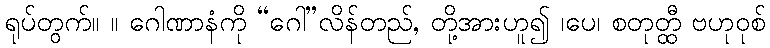
ရုပ်တွက်။ ။ ဂေါဏာနံကို “ဂေါ”လိန်တည်, တို့အားဟူ၍ ၊ပေ၊ စတုတ္ထီ ဗဟုဝုစ်